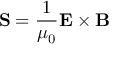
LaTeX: \mathbf { S } = { \frac { 1 } { \mu _ { 0 } } } \mathbf { E } \times \mathbf { B }